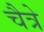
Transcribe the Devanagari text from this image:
चैत्रे